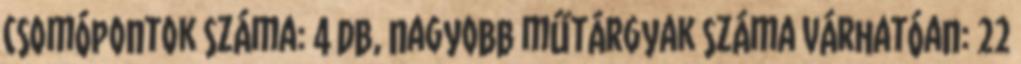
csomópontok száma: 4 db, nagyobb műtárgyak száma várhatóan: 22